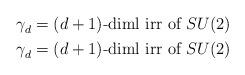
LaTeX: \begin{align*}\begin{aligned} \gamma_d^{} &= \text{$(d+1)$-diml irr of $SU(2)_{}$}\\ \gamma_d^{} &= \text{$(d+1)$-diml irr of $SU(2)_{}$}\end{aligned}\end{align*}